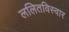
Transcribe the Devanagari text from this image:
ललितविस्वार